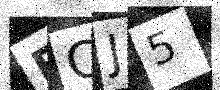
Text: ECJ5